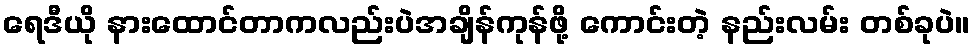
ရေဒီယို နားထောင်တာကလည်းပဲအချိန်ကုန်ဖို့ ကောင်းတဲ့ နည်းလမ်း တစ်ခုပဲ။